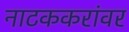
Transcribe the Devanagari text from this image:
नाटककरांवर